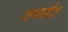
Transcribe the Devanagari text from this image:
वर्ष्गांठ